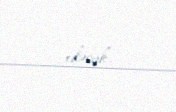
edəcək.